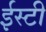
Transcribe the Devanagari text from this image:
ईस्टी